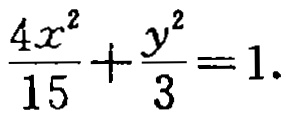
$\frac{4x^{2}}{15}+\frac{y^{2}}{3}=1.$